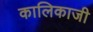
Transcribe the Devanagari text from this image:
कालिकाजी